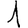
Digit: 1